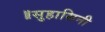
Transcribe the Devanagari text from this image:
॥सुहासिनी